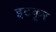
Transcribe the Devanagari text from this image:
इटकूर